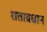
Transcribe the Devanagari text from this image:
शतावधान